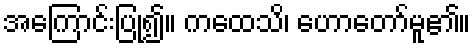
အကြောင်းပြု၍။ ကထေသိ၊ ဟောတော်မူ၏။